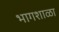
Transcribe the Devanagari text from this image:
भागशाळा